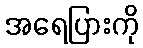
အရေပြားကို